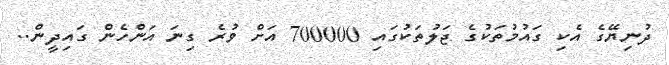
ދުނިޔޭގެ އެކި ގައުމުތަކުގެ ޖަލުތަކުގައި 700000 އަށް ވުރެ ގިނަ އަންހެން ގައިދީން..